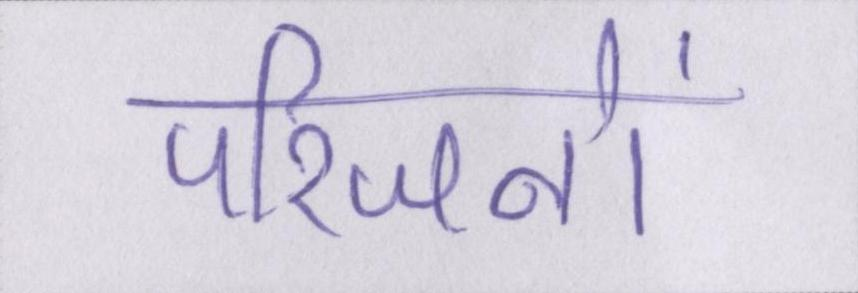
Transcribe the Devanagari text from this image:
परिजनों